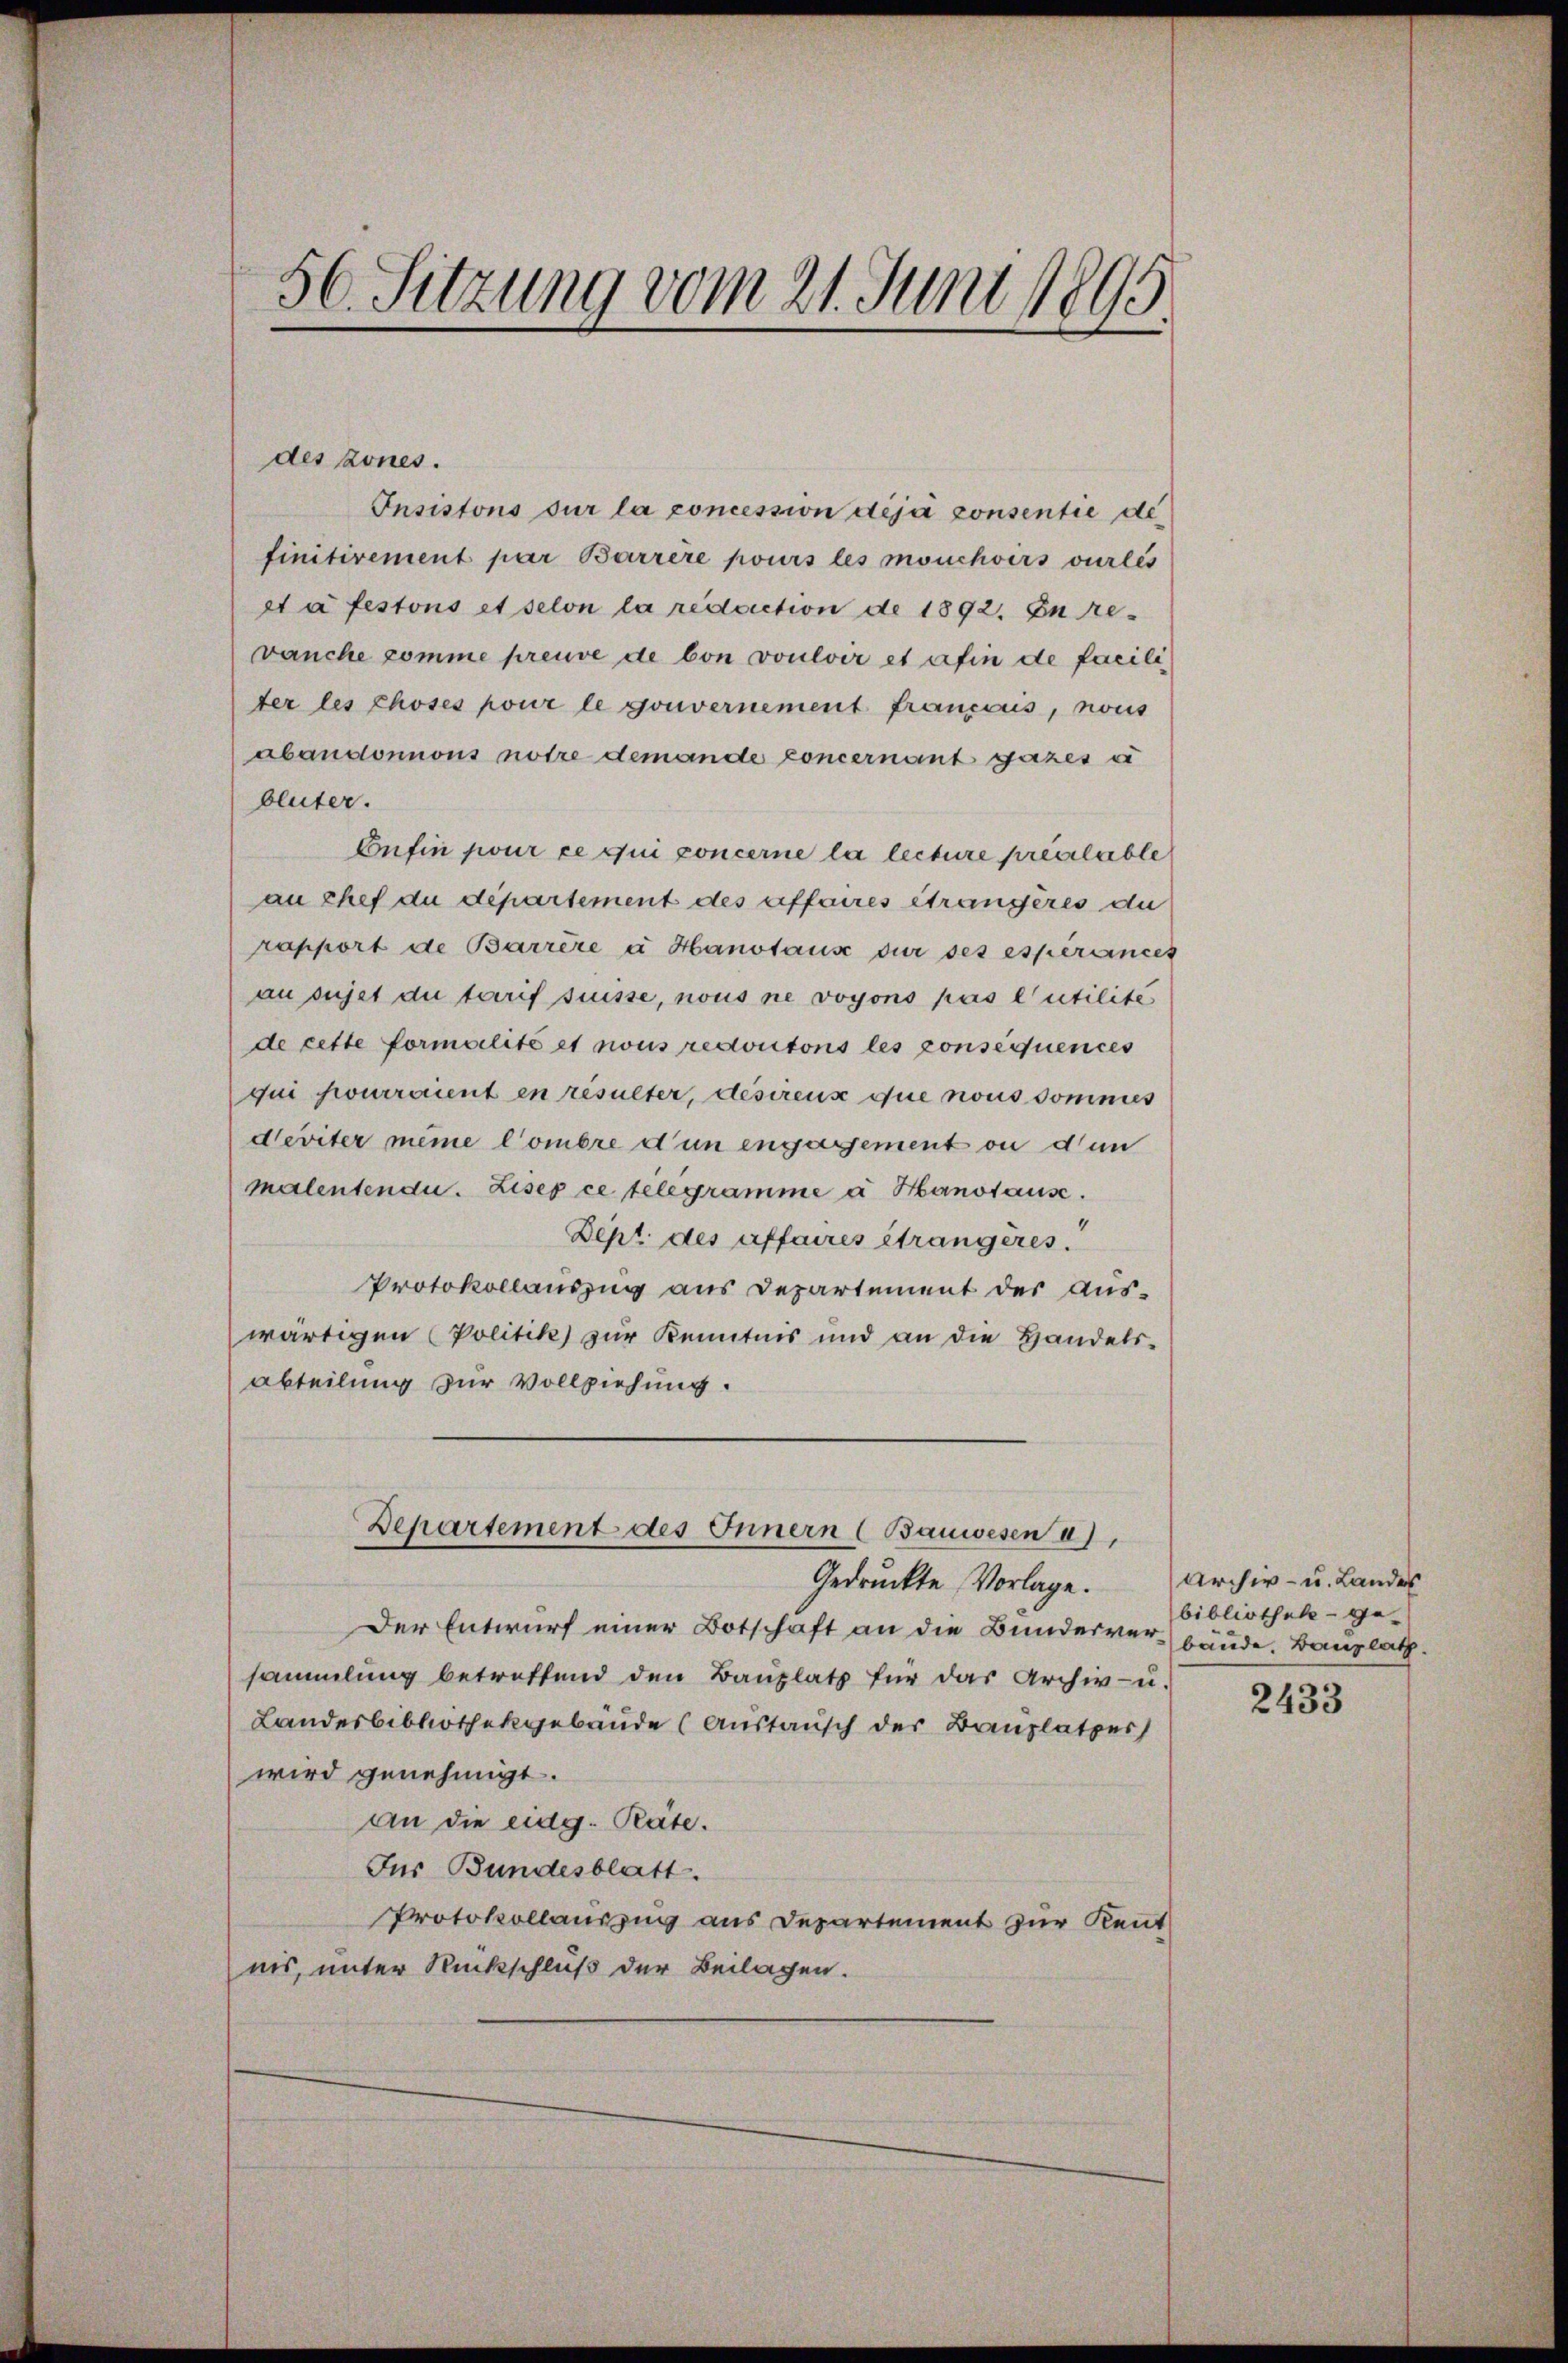
1
56. Sitzung vom 21. Juni 1890.

des kones.
Insistons sur la concession déjà consentie de
finitivement par Barrère pours les mouchoirs verles
et à festons et selon la reduction de 1892. In re
vanche komme preuve de von vouloir et afin de facili
ter les choses pour le gouvernement français, nous
abandonnons notre demande concernant gazes u
bluter.
Confin pour ce qui concerne la lecture preislable
au chef du département des affaires étrangères du
rapport de Barrère à Hanstaus der ses espérances
au sujet die tarif suisse, nous ne voyons pas l’utilité
de cette formalité et nous reditoris les consequences
dui pourraient en resulter, desirens que nous sommes
deviter meine Combre d’un engagement ou dun
malentendu. Lisep ce telegramme à Hanstause.
Dept des affaires étrangeres.
Protokollauszug aus Departement der aus-
wärtigen Politik zur Kenntnis und an die Handels-
abteilung zur Vollziehung.
Departement des Innern (Bauwesen u),
Gedruckte Vorlage.
Der Entwurf einer Botschaft an die Bunderverbäude. Bauplatz.
sammlung betreffend den Bauplatz für das Archiv- u.
Landesbibliothekgebäude (Austausch der Bauplatzer
wird genehmigt.
An die eidg. Räte.
Für Bundesblatt.
Protokollauszug aus Departement zur Kennt
nis, unter Rückschluß der Beilagen.

Archiv- u. Landes
bibliothek ge¬

2433